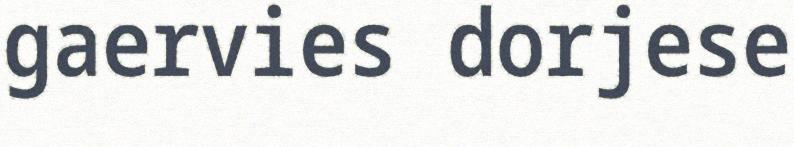
gaervies dorjese